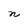
Character: n